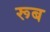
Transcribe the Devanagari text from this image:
रूब